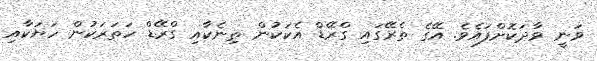
ވަނީ ވާދަކޮށްފައެވެ. އޭގެ ތެރޭގައި ގްރޭޑް އެކަކުން ތިނެކާއި ގްރޭޑް ހަތަރަކުން ހަޔަކާއި